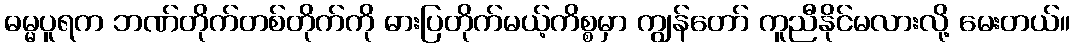
ဓမ္မပူရက ဘဏ်တိုက်တစ်တိုက်ကို ဓားပြတိုက်မယ့်ကိစ္စမှာ ကျွန်တော် ကူညီနိုင်မလားလို့ မေးတယ်။